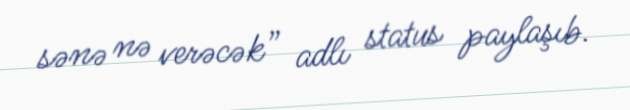
sənə nə verəcək” adlı status paylaşıb.